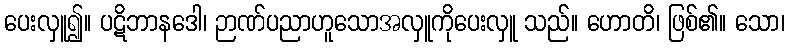
ပေးလှူ၍။ ပဋိဘာနဒေါ၊ ဉာဏ်ပညာဟူသောအလှူကိုပေးလှူ သည်။ ဟောတိ၊ ဖြစ်၏။ သော၊